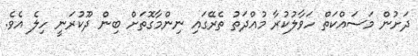
ދަށުން މަސައްކަތް ހަވާލުކުރާ މުއްދަތު ތެރޭގައި ނިންމާގޮތަށް ބިން ދޫކުރަނީ ހިލެ އެވެ.